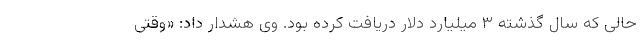
حالی که سال گذشته ۳ میلیارد دلار دریافت کرده بود. وی هشدار داد: «وقتی